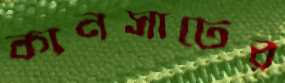
কানসাটের